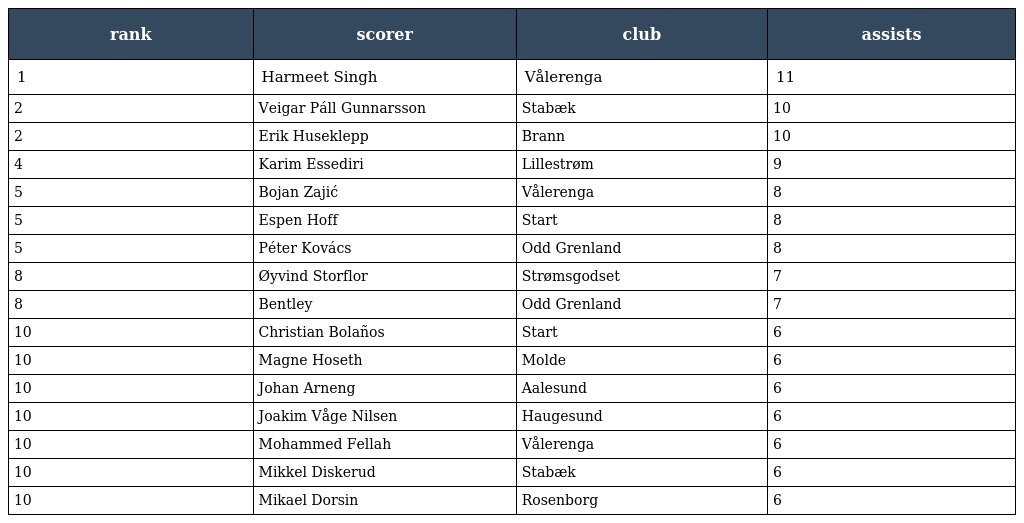
| rank | scorer | club | assists |
 | --- | --- | --- | --- |
 | 1 | Harmeet Singh | Vålerenga | 11 |
 | 2 | Veigar Páll Gunnarsson | Stabæk | 10 |
 | 2 | Erik Huseklepp | Brann | 10 |
 | 4 | Karim Essediri | Lillestrøm | 9 |
 | 5 | Bojan Zajić | Vålerenga | 8 |
 | 5 | Espen Hoff | Start | 8 |
 | 5 | Péter Kovács | Odd Grenland | 8 |
 | 8 | Øyvind Storflor | Strømsgodset | 7 |
 | 8 | Bentley | Odd Grenland | 7 |
 | 10 | Christian Bolaños | Start | 6 |
 | 10 | Magne Hoseth | Molde | 6 |
 | 10 | Johan Arneng | Aalesund | 6 |
 | 10 | Joakim Våge Nilsen | Haugesund | 6 |
 | 10 | Mohammed Fellah | Vålerenga | 6 |
 | 10 | Mikkel Diskerud | Stabæk | 6 |
 | 10 | Mikael Dorsin | Rosenborg | 6 |